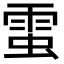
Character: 𧌙